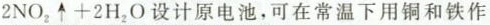
2NO_{2}\uparrow +2H_{2}O设计原电池，可在常温下用铜和铁作